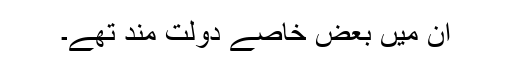
ان میں بعض خاصے دولت مند تھے۔